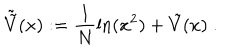
\tilde { \tilde { V } } ( x ) : = \frac { 1 } { N } \ln ( x ^ { 2 } ) + \tilde { V } ( x ) \; .